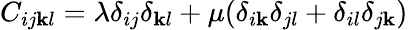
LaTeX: C_{ij\mathbf{k}l}=\lambda\delta_{ij}\delta_{\mathbf{k}l}+\mu(\delta_{i\mathbf{k}}\delta_{jl}+\delta_{il}\delta_{j\mathbf{k}})